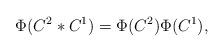
LaTeX: \begin{align*}\Phi(C^2*C^1) = \Phi(C^2) \Phi(C^1),\end{align*}